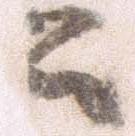
書